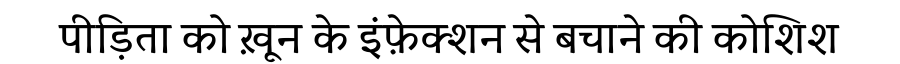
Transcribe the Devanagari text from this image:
पीड़िता को ख़ून के इंफ़ेक्शन से बचाने की कोशिश